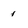
Character: 1